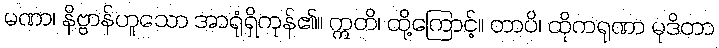
မဏာ၊ နိဗ္ဗာန်ဟူသော အာရုံရှိကုန်၏။ ဣတိ၊ ထို့ကြောင့်။ တာပိ၊ ထိုကရုဏာ မုဒိတာ